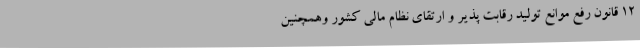
12 قانون رفع موانع تولید رقابت پذیر و ارتقای نظام مالی کشور وهمچنین